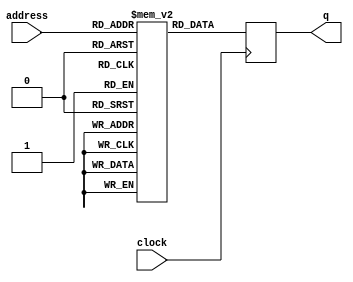
module ROM
  (
   input                   clock,
   input [A_WIDTH-1:0]     address, 
   output reg [D_WIDTH-1:0] q
);

   parameter A_WIDTH = 12;
   parameter D_WIDTH = 8;
   parameter MEM_INIT_FILE = "";
   
   reg [D_WIDTH-1:0] rom [0:2**A_WIDTH-1];

   initial
     if (MEM_INIT_FILE != "")
       $readmemh(MEM_INIT_FILE, rom);
   
   always @(posedge clock)
     q <= rom[address];
   
endmodule